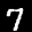
Label: 7